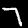
Label: 7